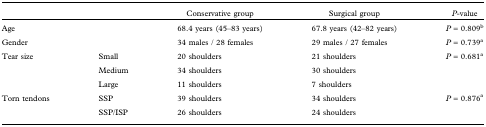
|  |  | Conservative group | Surgical group | P-value |
 | --- | --- | --- | --- | --- |
 | Age |  | 68.4 years (45–83 years) | 67.8 years (42–82 years) | P = 0.809b |
 | Gender |  | 34 males / 28 females | 29 males / 27 females | P = 0.739a |
 | Tear size | Small | 20 shoulders | 21 shoulders | P = 0.681a |
 |  | Medium | 34 shoulders | 30 shoulders |  |
 |  | Large | 11 shoulders | 7 shoulders |  |
 | Torn tendons | SSP | 39 shoulders | 34 shoulders | P = 0.876a |
 |  | SSP/ISP | 26 shoulders | 24 shoulders |  |